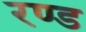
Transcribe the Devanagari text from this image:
रण्ड